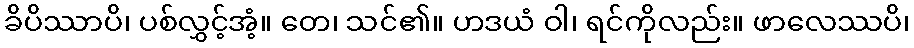
ခိပိဿာပိ၊ ပစ်လွှင့်အံ့။ တေ၊ သင်၏။ ဟဒယံ ဝါ၊ ရင်ကိုလည်း။ ဖာလေဿပိ၊